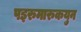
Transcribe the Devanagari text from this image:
पइरुमारुकयुन